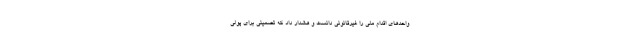
واحدهای اقدام ملی را غیرقانونی دانست و هشدار داد که تضمینی برای پولی